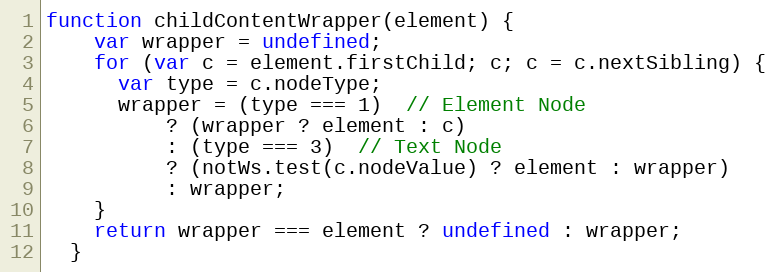
Language: JavaScript
function childContentWrapper(element) {
    var wrapper = undefined;
    for (var c = element.firstChild; c; c = c.nextSibling) {
      var type = c.nodeType;
      wrapper = (type === 1)  // Element Node
          ? (wrapper ? element : c)
          : (type === 3)  // Text Node
          ? (notWs.test(c.nodeValue) ? element : wrapper)
          : wrapper;
    }
    return wrapper === element ? undefined : wrapper;
  }